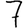
Digit: 7